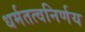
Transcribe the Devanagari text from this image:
धर्मतत्वनिर्णय